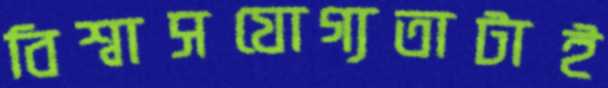
বিশ্বাসযোগ্যতাটাই